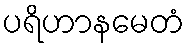
ပရိဟာနမေတံ